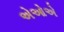
એઓએ